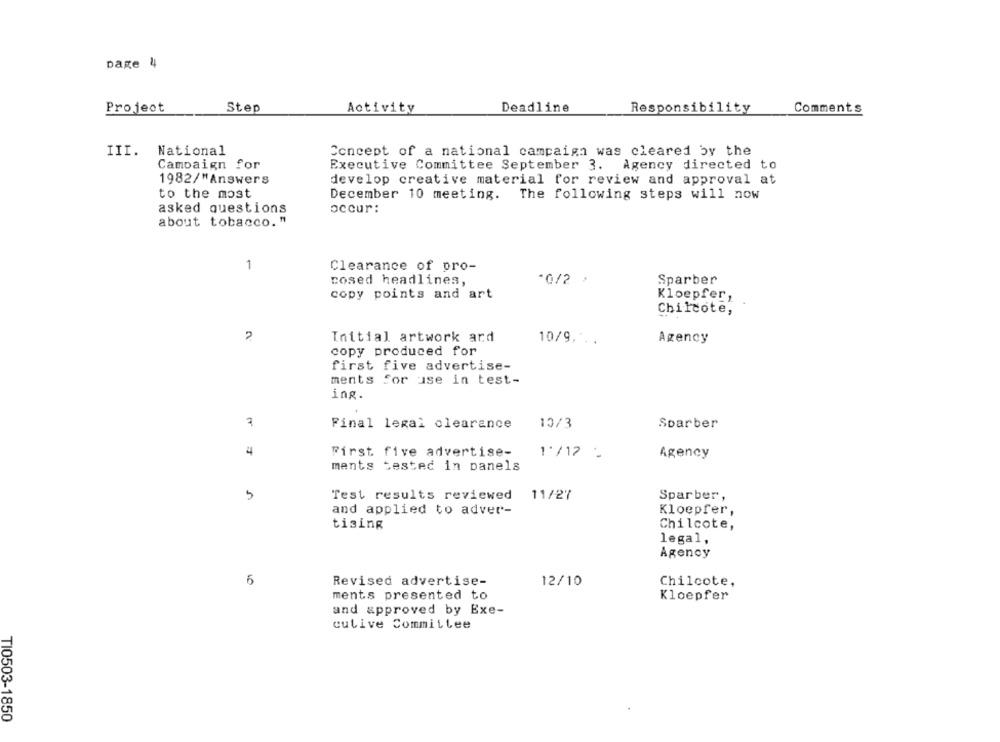
page 4
Project
Step
Activity
Deadline
Responsibility
Comments
III. National
Concept of a national campaign was cleared by the
Campaign for
Executive Committee September 3. Agency directed to
1982/"Answers
develop creative material for review and approval at
to the most
December 10 meeting. The following steps will now
occur:
asked questions
about tobacco."
1
Clearance of pro-
cosed headlines,
*0/2 ,
Sparber
copy points and art
Kloepfer,
Chilcote,
Initial artwork ard
10/9. ..
Agency
copy produced for
first five advertise-
ments for use in test-
ing.
10/3
Final legal clearance
Sparber
4
First five advertise-
1'/12 -
Agency
ments tested in panels
5
Test results reviewed
11/27
Sparber,
and applied to adver-
Kloepfer,
tising
Chilcote,
legal,
Agency
6
Revised advertise-
12/10
Chilcote,
ments presented to
Kloepfer
and approved by Exe-
cutive Committee
TI0503-1850